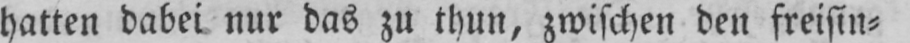
hatten dabei nur das zu thun, zwischen den freisin⸗